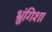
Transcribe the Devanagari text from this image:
भ्रुंगिशा